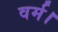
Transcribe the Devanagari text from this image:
वर्म।